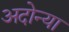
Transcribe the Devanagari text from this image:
अदोन्या